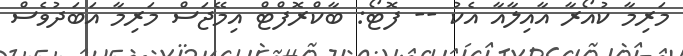
މަރިމާ ކުއޯރާ އާއިލާއާ އެކު -- ފޮޓޯ: ބާކްރޮފްޓް އިމޭޖަސް މަރިމާ އަބަދުވެސް